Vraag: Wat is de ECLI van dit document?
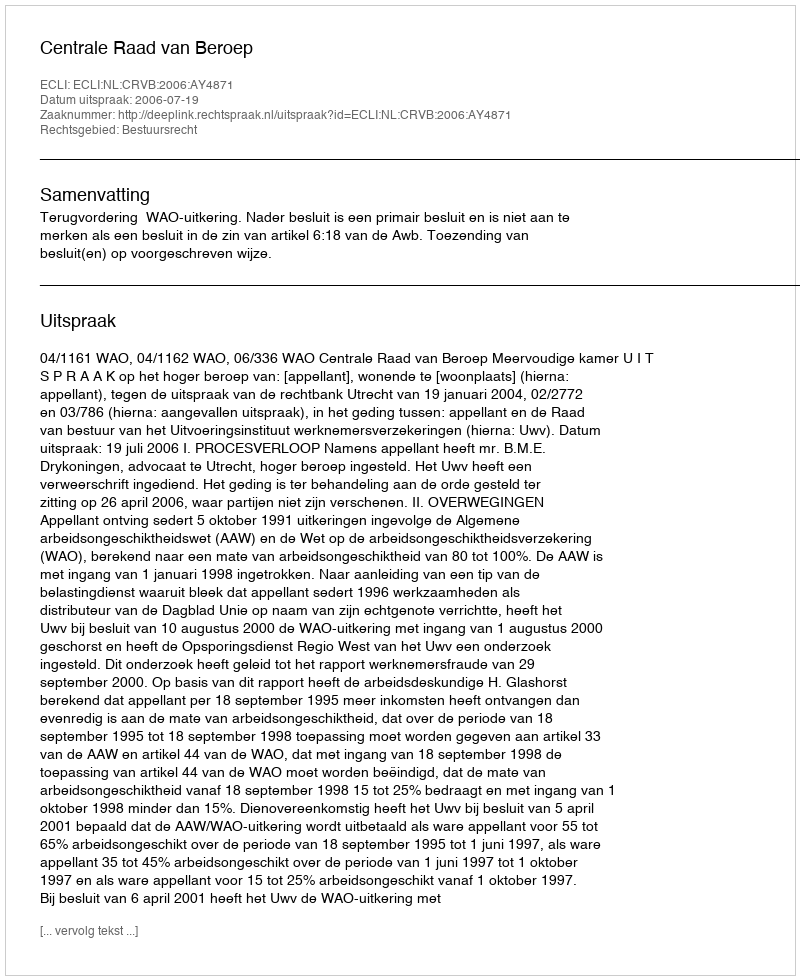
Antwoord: ECLI:NL:CRVB:2006:AY4871